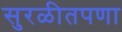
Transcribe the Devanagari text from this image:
सुरळीतपणा